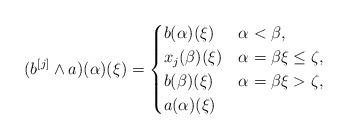
LaTeX: \begin{align*} (b^{[j]} \wedge a)(\alpha)(\xi)=\begin{cases} b(\alpha)(\xi) & \alpha<\beta,\\ x_j(\beta)(\xi) & \alpha=\beta\xi\le \zeta,\\ b(\beta)(\xi) & \alpha=\beta\xi> \zeta,\\ a(\alpha)(\xi)& \end{cases} \end{align*}